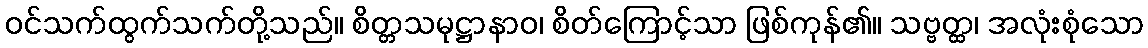
ဝင်သက်ထွက်သက်တို့သည်။ စိတ္တသမုဋ္ဌာနာဝ၊ စိတ်ကြောင့်သာ ဖြစ်ကုန်၏။ သဗ္ဗတ္ထ၊ အလုံးစုံသော